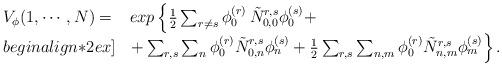
LaTeX: \begin{align*}\begin{array}{ll}V_\phi (1, \cdots, N) = & exp \left\{ \frac{1}{2} \sum_{r \neq s} \phi_0^{(r)} \, \tilde{N}_{0,0}^{r,s} \phi_0^{(s)} + \right. \\begin{align*}2ex]& \left. + \sum_{r,s} \sum_n \phi_0^{(r)} \tilde{N}_{0,n}^{r,s} \phi_n^{(s)} + \frac{1}{2} \sum_{r,s} \sum_{n,m} \phi_0^{(r)}\tilde{N}^{r,s}_{n,m} \phi_m^{(s)} \right\}.\end{array}\end{align*}